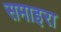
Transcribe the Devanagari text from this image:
समाइरा